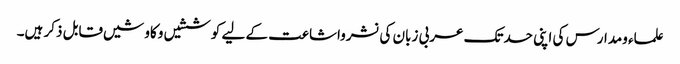
علماء ومدارس کی اپنی حدتک عربی زبان کی نشرواشاعت کے لیے کوششیں وکاوشیں قابل ذکر ہیں۔